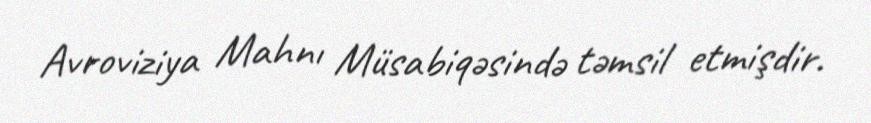
Avroviziya Mahnı Müsabiqəsində təmsil etmişdir.